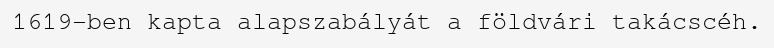
1619-ben kapta alapszabályát a földvári takácscéh.